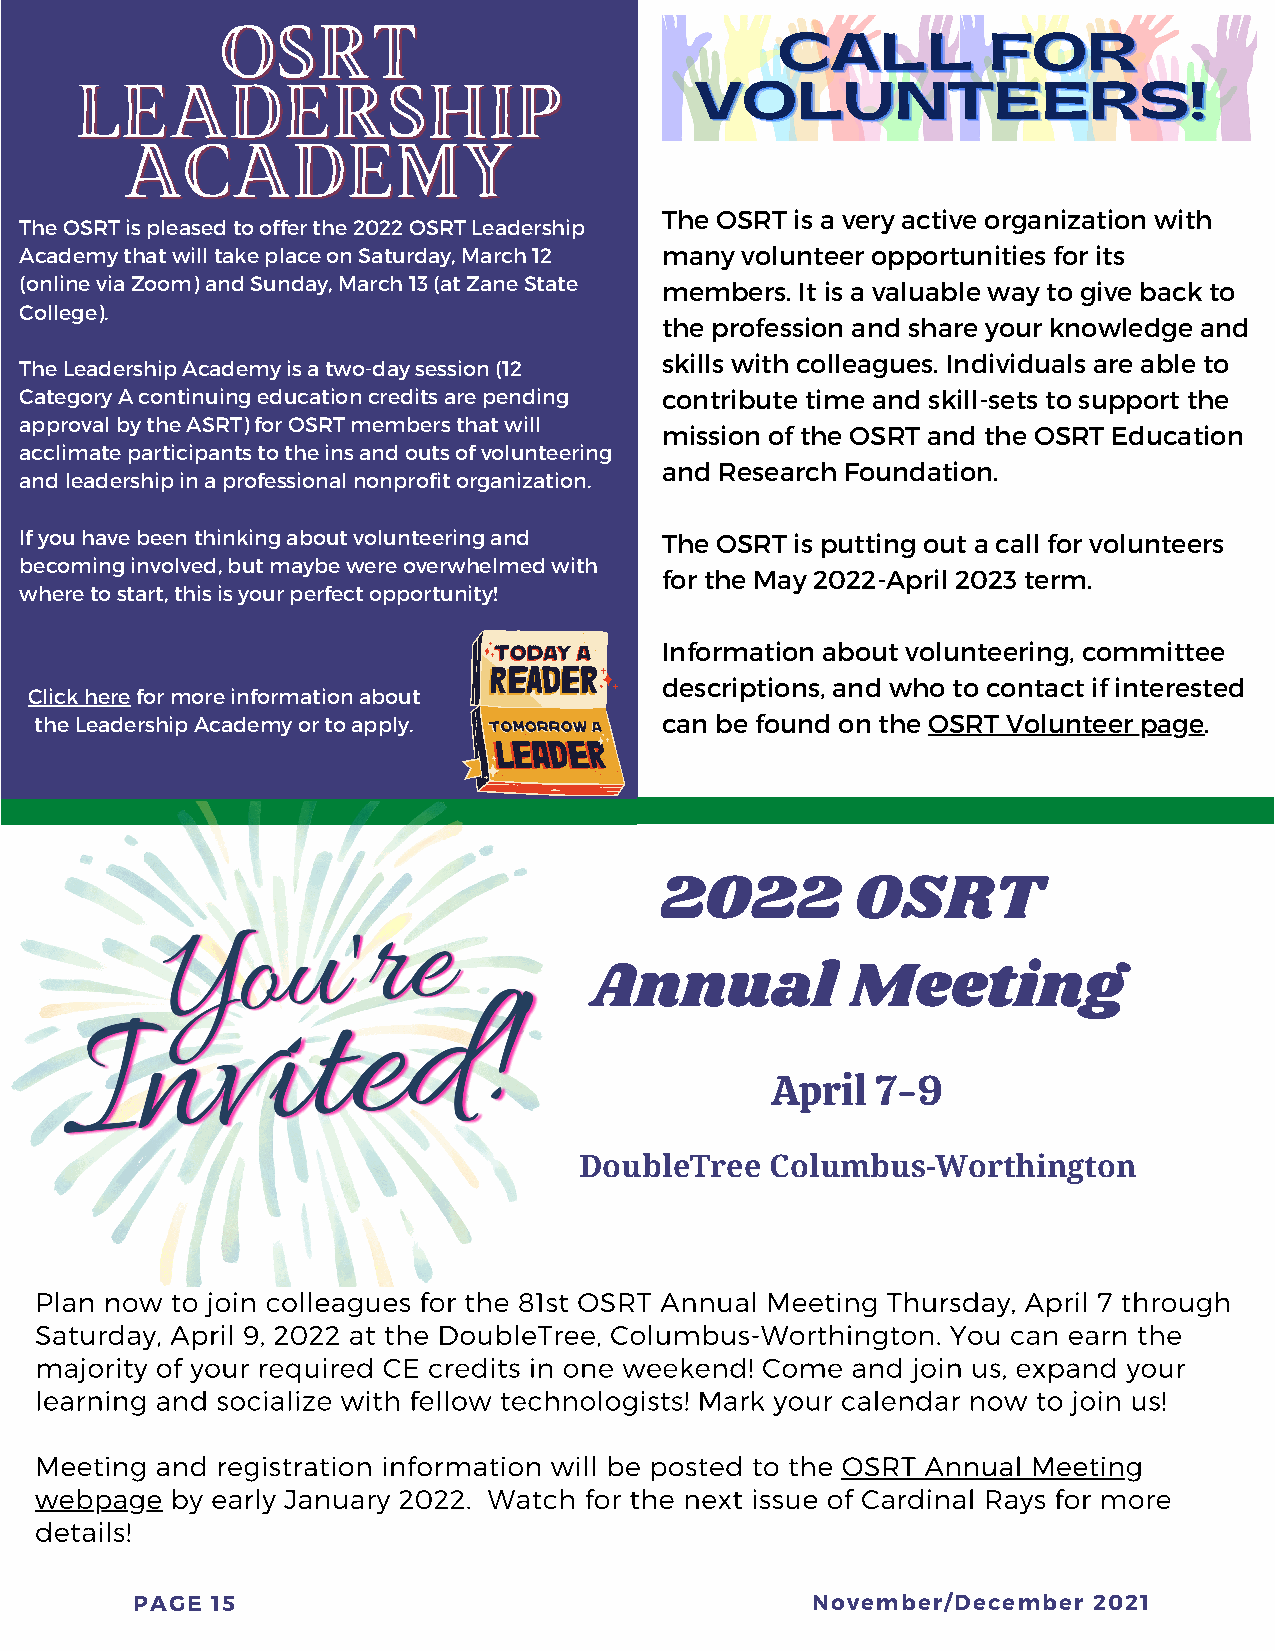
OOSSRRTT
 CCCAAALLLLLL  FFFOOORRR
 LLEEAADDEERRSSHHIIPP
 VVVOOOLLLUUUNNNTTTEEEEEERRRSSS!!!
 AACCAADDEEMMYY
 The OSRT is a very active organization with
 The OSRT is pleased to offer the 2022 OSRT Leadership
 Academy that will take place on Saturday, March 12 many volunteer opportunities for its
 (online via Zoom) and Sunday, March 13 (at Zane State members. It is a valuable way to give back to
 College).
 the profession and share your knowledge and
 skills with colleagues. Individuals are able to
 The Leadership Academy is a two-day session (12
 Category A continuing education credits are pending contribute time and skill-sets to support the
 approval by the ASRT) for OSRT members that will
 mission of the OSRT and the OSRT Education
 acclimate participants to the ins and outs of volunteering
 and Research Foundation.
 and leadership in a professional nonprofit organization.
 If you have been thinking about volunteering and The OSRT is putting out a call for volunteers
 becoming involved, but maybe were overwhelmed with
 for the May 2022-April 2023 term.
 where to start, this is your perfect opportunity!
 Information about volunteering, committee
 descriptions, and who to contact if interested
 Click here for more information about
 the Leadership Academy or to apply.       can be found on the OSRT Volunteer page.
 Get   ready    for  some     fun
 2022         OSRT
 during     NRTW!
 Annual           Meeting
 April  7-9
 DoubleTree   Columbus-Worthington
 Plan now to join colleagues for the 81st OSRT Annual Meeting Thursday, April 7 through
 Saturday, April 9, 2022 at the DoubleTree, Columbus-Worthington. You can earn the
 majority of your required CE credits in one weekend! Come and join us, expand your
 learning and socialize with fellow technologists! Mark your calendar now to join us!
 Meeting and registration information will be posted to the OSRT Annual Meeting
 webpage  by early January 2022. Watch for the next issue of Cardinal Rays for more
 details!
 PAGE 15                                      November/December 2021